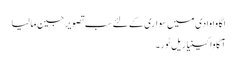
اگاوا وادی میں سواری کے لئے سب تصویر جین مالیا
آگاوا کینیا ریل ٹور۔